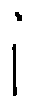
i